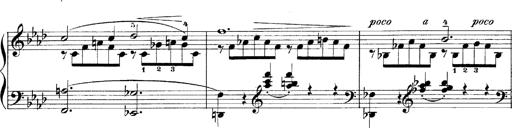
Title: LiebestrÃ¤ume
Composer: Franz Behr
Key: E-flat major